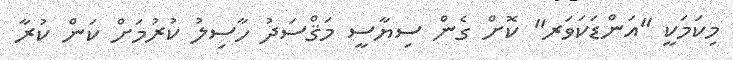
މިކަމަކީ "އަންޑަކަވަރ" ކޮށް ގެން ސިޔާސީ މަޤްސަދު ހާސިލު ކުރުމަށް ކަން ކުރާ